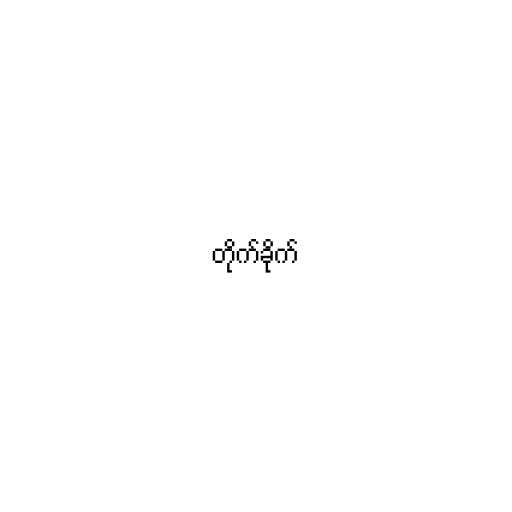
တိုက်ခိုက်